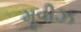
મૂવીઝ